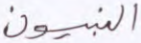
النبيون